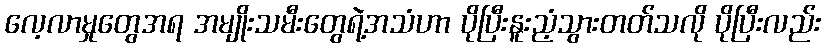
လေ့လာမှုတွေအရ အမျိုးသမီးတွေရဲ့အသံဟာ ပိုပြီးနူးညံ့သွားတတ်သလို ပိုပြီးလည်း